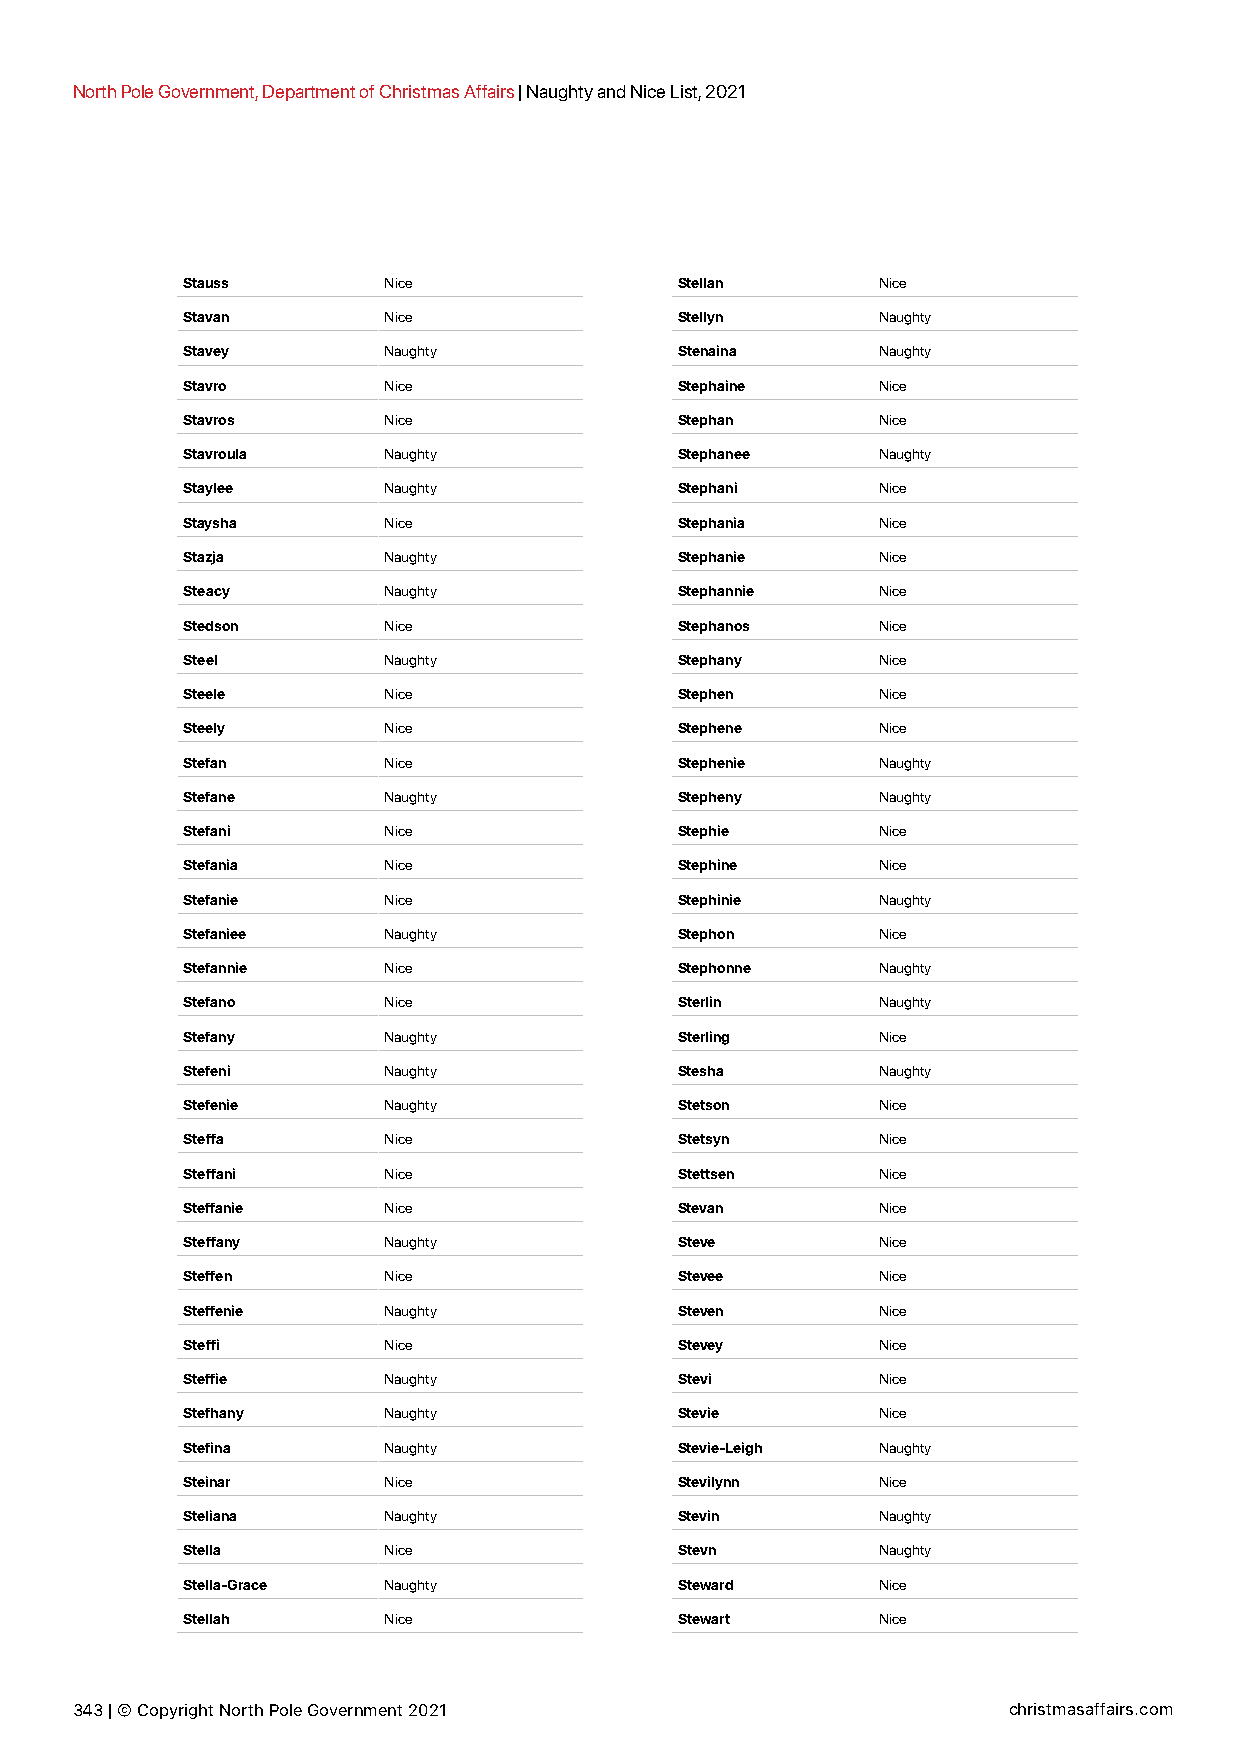
North Pole Government, Department of Christmas Affairs | Naughty and Nice List, 2021
 Stauss       Nice                Stellan      Nice
 Stavan       Nice                Stellyn      Naughty
 Stavey       Naughty             Stenaina     Naughty
 Stavro       Nice                Stephaine    Nice
 Stavros      Nice                Stephan      Nice
 Stavroula    Naughty             Stephanee    Naughty
 Staylee      Naughty             Stephani     Nice
 Staysha      Nice                Stephania    Nice
 Stazja       Naughty             Stephanie    Nice
 Steacy       Naughty             Stephannie   Nice
 Stedson      Nice                Stephanos    Nice
 Steel        Naughty             Stephany     Nice
 Steele       Nice                Stephen      Nice
 Steely       Nice                Stephene     Nice
 Stefan       Nice                Stephenie    Naughty
 Stefane      Naughty             Stepheny     Naughty
 Stefani      Nice                Stephie      Nice
 Stefania     Nice                Stephine     Nice
 Stefanie     Nice                Stephinie    Naughty
 Stefaniee    Naughty             Stephon      Nice
 Stefannie    Nice                Stephonne    Naughty
 Stefano      Nice                Sterlin      Naughty
 Stefany      Naughty             Sterling     Nice
 Stefeni      Naughty             Stesha       Naughty
 Stefenie     Naughty             Stetson      Nice
 Steffa       Nice                Stetsyn      Nice
 Steffani     Nice                Stettsen     Nice
 Steffanie    Nice                Stevan       Nice
 Steffany     Naughty             Steve        Nice
 Steffen      Nice                Stevee       Nice
 Steffenie    Naughty             Steven       Nice
 Steffi       Nice                Stevey       Nice
 Steffie      Naughty             Stevi        Nice
 Stefhany     Naughty             Stevie       Nice
 Stefina      Naughty             Stevie-Leigh Naughty
 Steinar      Nice                Stevilynn    Nice
 Steliana     Naughty             Stevin       Naughty
 Stella       Nice                Stevn        Naughty
 Stella-Grace Naughty             Steward      Nice
 Stellah      Nice                Stewart      Nice
 343 | © Copyright North Pole Government 2021                  christmasaffairs.com